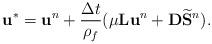
LaTeX: \begin{align*}\mathbf{u}^{*} = \mathbf{u}^{n} + \dfrac{\Delta t}{\rho_{f}} (\mu\mathbf{L} \mathbf{u}^{n} + \mathbf{D} \widetilde{\mathbf{S}}^{n}).\end{align*}